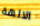
الالهة